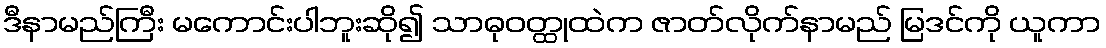
ဒီနာမည်ကြီး မကောင်းပါဘူးဆို၍ သာဓုဝတ္ထုထဲက ဇာတ်လိုက်နာမည် မြဒင်ကို ယူကာ